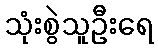
သုံးစွဲသူဦးရေ